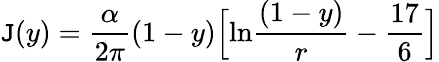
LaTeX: \mathtt{J}(y)={\frac{{\alpha}}{{2\pi}}}(1-y)\Bigl[\mathrm{{ln}}{\frac{{(1-y)}}{{r}}}-{\frac{{17}}{{6}}}\Bigr]